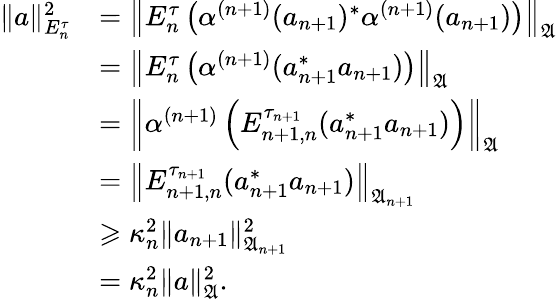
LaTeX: \begin{array}{rl}{\| a\| _{E_{n}^{\tau}}^{2}}&{=\left\| E_{n}^{\tau}\left(\alpha^{(n+1)}(a_{n+1})^{*}\alpha^{(n+1)}(a_{n+1})\right)\right\| _{\mathfrak{A}}}\\ &{=\left\| E_{n}^{\tau}\left(\alpha^{(n+1)}(a_{n+1}^{*}a_{n+1})\right)\right\| _{\mathfrak{A}}}\\ &{=\left\| \alpha^{(n+1)}\left(E_{n+1,n}^{\tau_{n+1}}(a_{n+1}^{*}a_{n+1})\right)\right\| _{\mathfrak{A}}}\\ &{=\left\| E_{n+1,n}^{\tau_{n+1}}(a_{n+1}^{*}a_{n+1})\right\| _{{\mathfrak{A}}_{n+1}}}\\ &{\geqslant\kappa_{n}^{2}\| a_{n+1}\| _{{\mathfrak{A}}_{n+1}}^{2}}\\ &{=\kappa_{n}^{2}\| a\| _{\mathfrak{A}}^{2}.}\end{array}